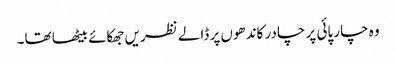
وہ چار پائی پر چادر کاندھوں پر ڈالے نظریں جھکائے بیٹھا تھا۔